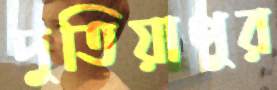
দুতিয়াপুর